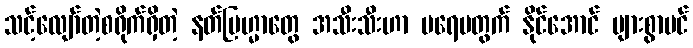
သင့်လျော်တဲ့စရိုက်ရှိတဲ့ နတ်ဗြဟ္မာတွေ အသီးသီးဟာ မရေမတွက် နိုင်အောင် များစွာပင်